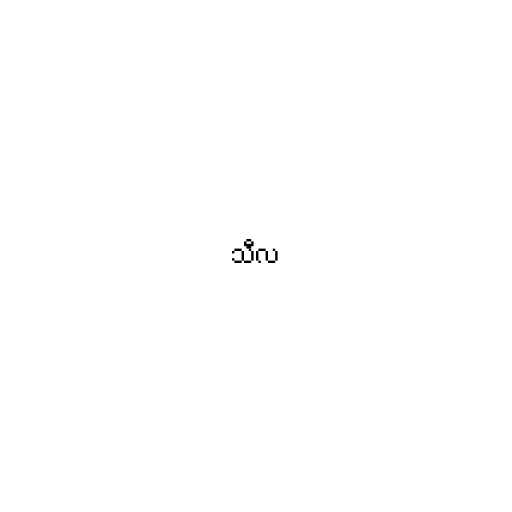
သီလ